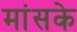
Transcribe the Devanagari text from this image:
मांसके